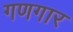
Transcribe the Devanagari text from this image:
गणगार